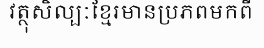
វត្ថុសិល្បៈខ្មែរមានប្រភពមកពី